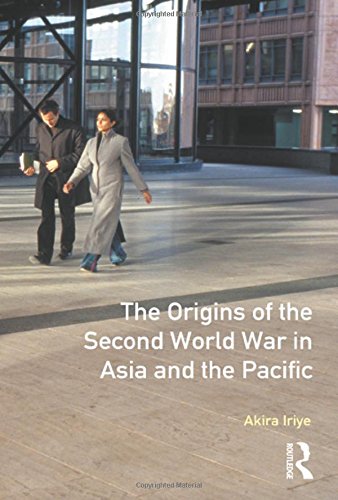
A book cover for The Origins of the Second World War in Asia and the Pacific; Akira Iriye; History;